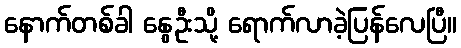
နောက်တစ်ခါ နွေဦးသို့ ရောက်လာခဲ့ပြန်လေပြီ။